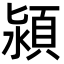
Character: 潁